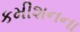
કમીશનના